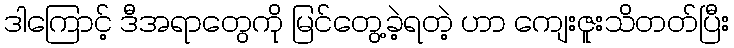
ဒါကြောင့် ဒီအရာတွေကို မြင်တွေ့ခဲ့ရတဲ့ ဟာ ကျေးဇူးသိတတ်ပြီး